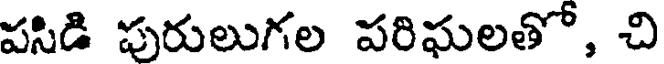
పసిడి పురులుగల పరిఘలతో, చి